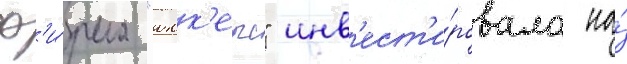
ф'и́рма "юнк'ерс" инв'ест'и́ровала на́